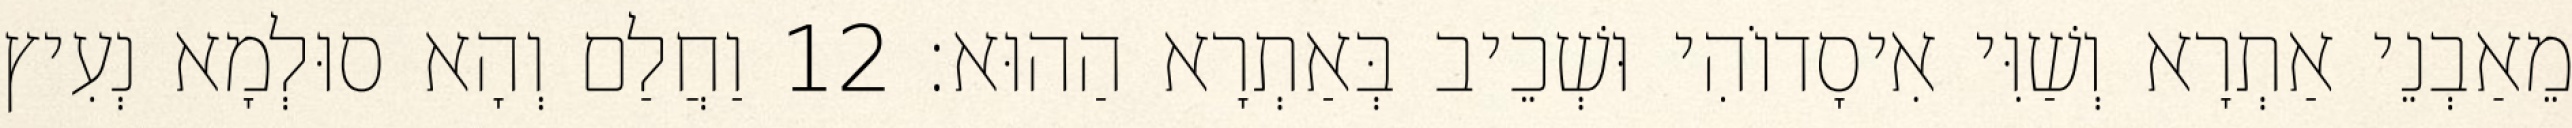
מֵאַבְנֵי אַתְרָא וְשַׁוִּי אִיסָדוֹהִי וּשְׁכֵיב בְּאַתְרָא הַהוּא׃ 12 וַחֲלַם וְהָא סוּלְמָא נְעִיץ